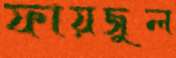
ফায়জুল